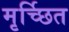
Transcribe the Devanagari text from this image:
मृर्च्छित